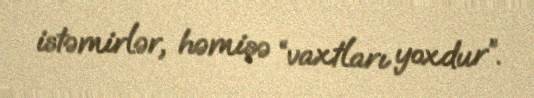
istəmirlər, həmişə “vaxtları yoxdur”.